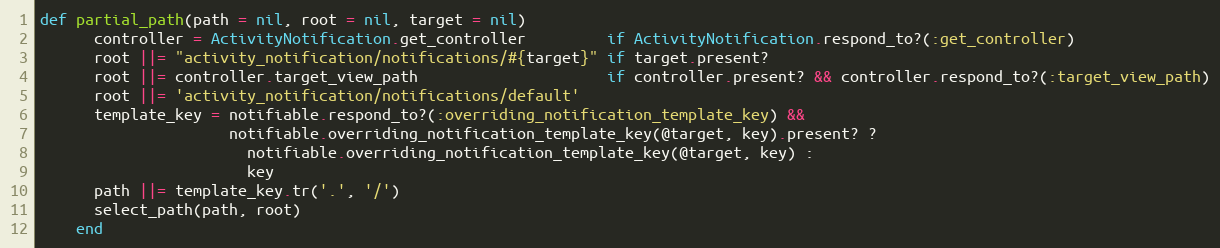
Language: Ruby
def partial_path(path = nil, root = nil, target = nil)
      controller = ActivityNotification.get_controller         if ActivityNotification.respond_to?(:get_controller)
      root ||= "activity_notification/notifications/#{target}" if target.present?
      root ||= controller.target_view_path                     if controller.present? && controller.respond_to?(:target_view_path)
      root ||= 'activity_notification/notifications/default'
      template_key = notifiable.respond_to?(:overriding_notification_template_key) &&
                     notifiable.overriding_notification_template_key(@target, key).present? ?
                       notifiable.overriding_notification_template_key(@target, key) :
                       key
      path ||= template_key.tr('.', '/')
      select_path(path, root)
    end